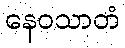
နေဝသာတံ